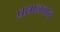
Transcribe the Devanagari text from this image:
प्रधानवाद